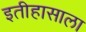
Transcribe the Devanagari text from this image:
इतीहासाला